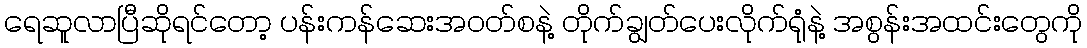
ရေဆူလာပြီဆိုရင်တော့ ပန်းကန်ဆေးအဝတ်စနဲ့ တိုက်ချွတ်ပေးလိုက်ရုံနဲ့ အစွန်းအထင်းတွေကို